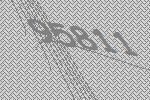
95811